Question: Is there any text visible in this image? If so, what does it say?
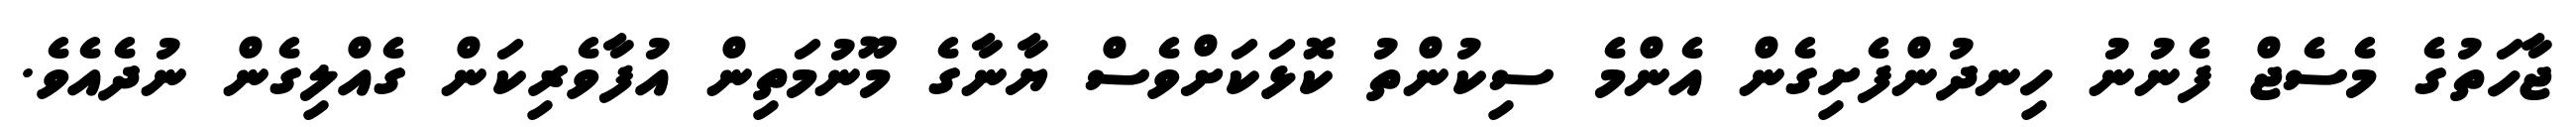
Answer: ޖާހަތުގެ މެސެޖް ފެނުނު ހިނދުންފެށިގެން އެންމެ ސިކުންތު ކޮޅަކަށްވެސް ޔާނާގެ މޫނުމަތިން އުފާވެރިކަން ގެއްލިގެން ނުދެއެވެ.